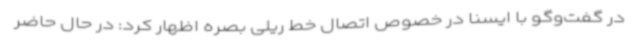
در گفت‌وگو با ایسنا در خصوص اتصال خط ریلی بصره اظهار کرد: در حال حاضر